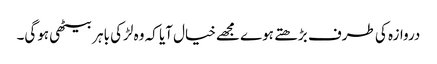
دروازہ کی طرف بڑھتے ہوے مجھےخیال آیا کہ وہ لڑکی باہر بیٹھی ہوگی۔